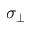
\sigma _ { \bot }